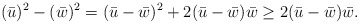
\begin{align*}(\bar{u})^2 - (\bar{w})^2 = (\bar{u} - \bar{w})^2 + 2 (\bar{u} - \bar{w})\bar{w} \geq 2 (\bar{u} - \bar{w})\bar{w}. \end{align*}